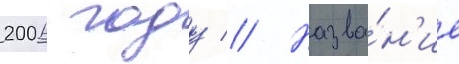
2006 году // Назва́н'ие